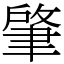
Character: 肇